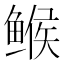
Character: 𱈄